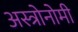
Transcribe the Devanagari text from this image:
अस्त्रोनोमी